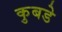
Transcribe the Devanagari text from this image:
कुबडे